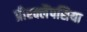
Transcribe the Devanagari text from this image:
प्रीरक्लैंपसिया